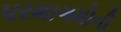
પરમાગમોની